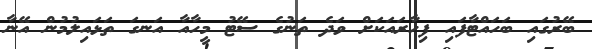
ބޭރުގައި ބަހައްޓާފައި ފިހާރައަކަށް ވަދެ ތަނުގެ ސޭޓު މީހާއާ އަނގަ ތަޅައިލުމުން އޭނާ